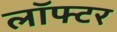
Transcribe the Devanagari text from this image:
लॉफ्टर